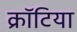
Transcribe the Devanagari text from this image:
क्रॉटिया